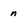
Character: n